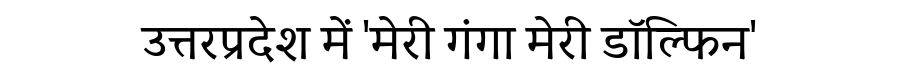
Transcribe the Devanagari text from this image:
उत्तरप्रदेश में 'मेरी गंगा मेरी डॉल्फिन'